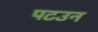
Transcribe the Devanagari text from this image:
पटउन